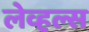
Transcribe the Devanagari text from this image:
लेव्हल्स